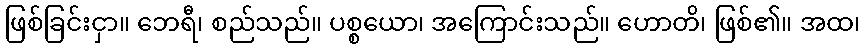
ဖြစ်ခြင်းငှာ။ ဘေရီ၊ စည်သည်။ ပစ္စယော၊ အကြောင်းသည်။ ဟောတိ၊ ဖြစ်၏။ အထ၊